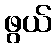
ဖွယ်